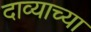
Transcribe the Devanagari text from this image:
दाव्याच्या